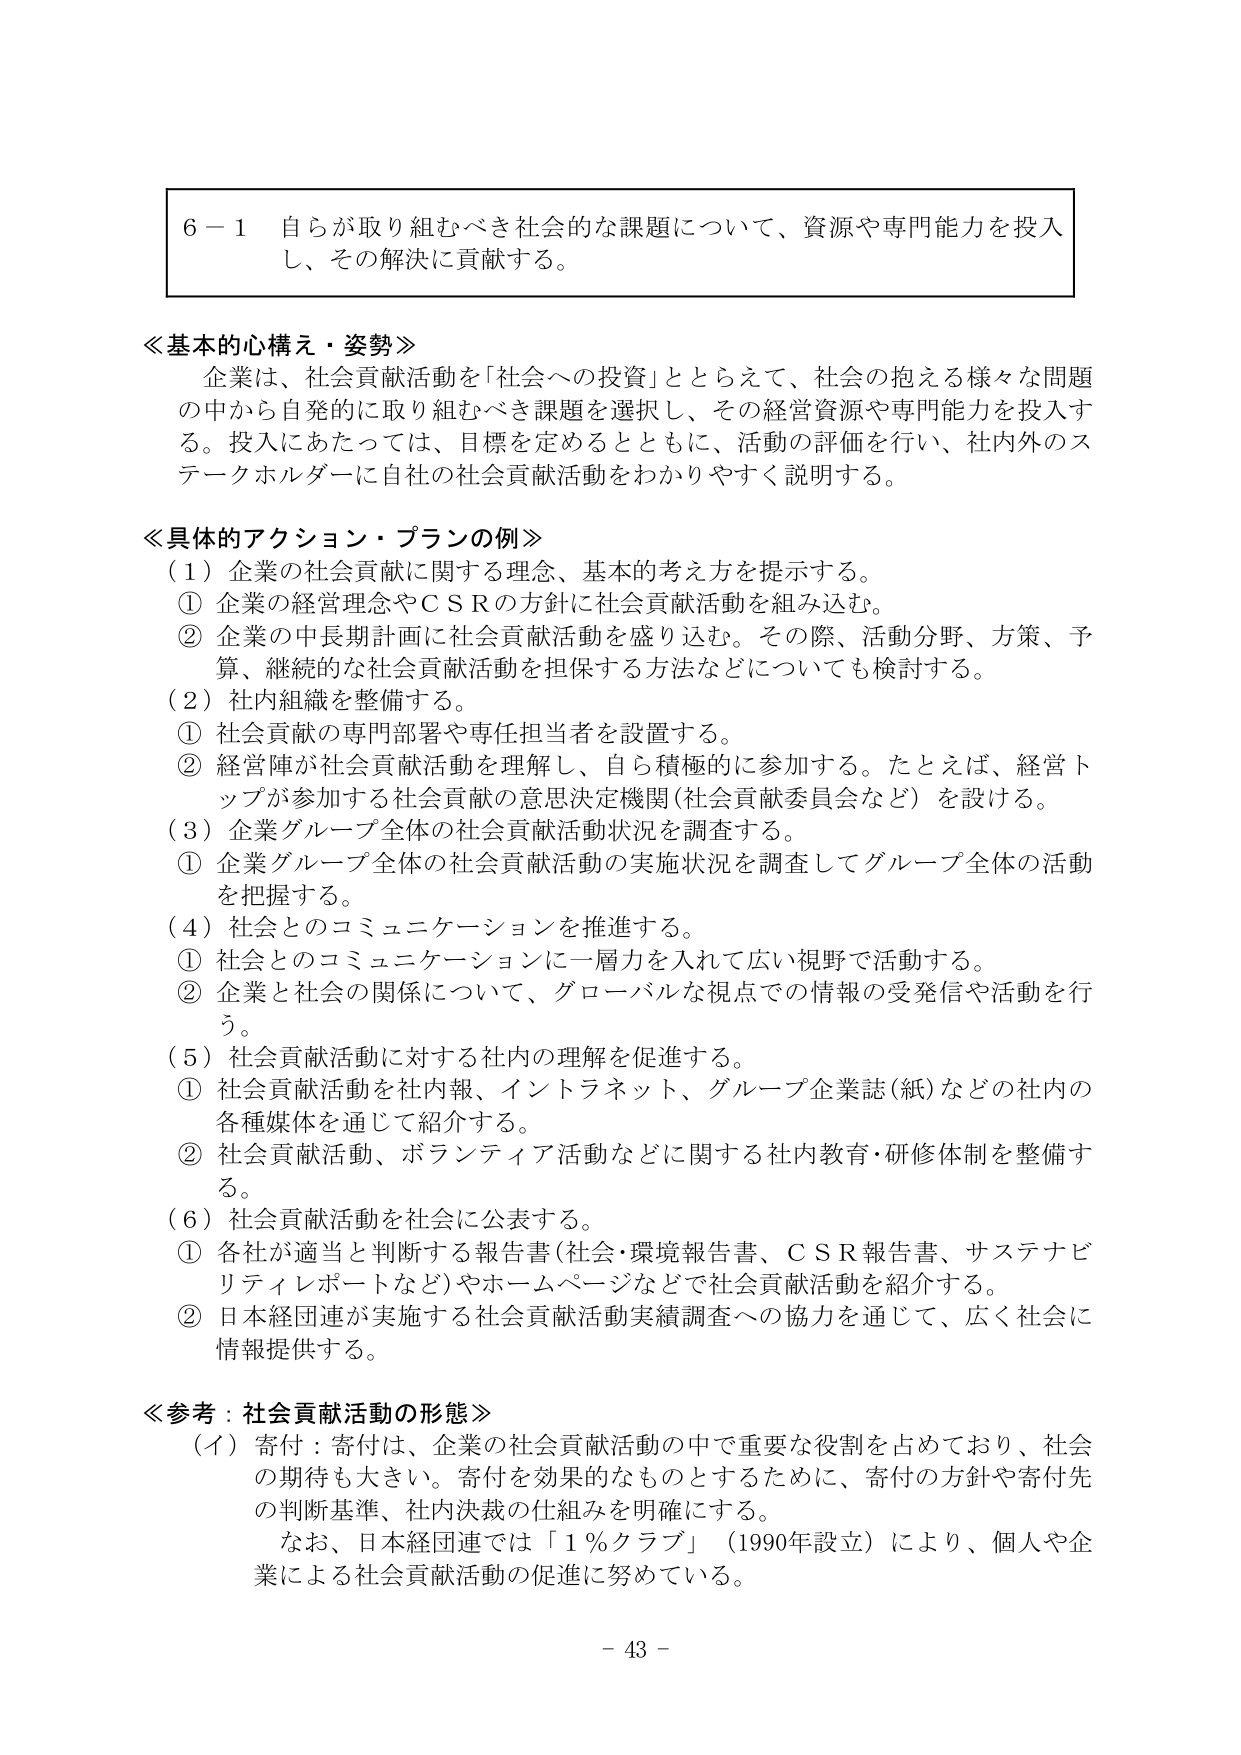
6－1 自らが取り組むべき社会的な課題について、資源や専門能力を投入し、その解決に貢献する。

≪基本的心構え・姿勢≫
企業は、社会貢献活動を「社会への投資」ととらえて、社会の抱える様々な問題の中から自発的に取り組むべき課題を選択し、その経営資源や専門能力を投入する。投入にあたっては、目標を定めるとともに、活動の評価を行い、社内外のステークホルダーに自社の社会貢献活動をわかりやすく説明する。

≪具体的アクション・プランの例≫
（1）企業の社会貢献に関する理念、基本的考え方を提示する。
① 企業の経営理念やＣＳＲの方針に社会貢献活動を組み込む。
② 企業の中長期計画に社会貢献活動を盛り込む。その際、活動分野、方策、予算、継続的な社会貢献活動を担保する方法などについても検討する。
（2）社内組織を整備する。
① 社会貢献の専門部署や専任担当者を設置する。
② 経営陣が社会貢献活動を理解し、自ら積極的に参加する。たとえば、経営トップが参加する社会貢献の意思決定機関（社会貢献委員会など）を設ける。
（3）企業グループ全体の社会貢献活動状況を調査する。
① 企業グループ全体の社会貢献活動の実施状況を調査してグループ全体の活動を把握する。
（4）社会とのコミュニケーションを推進する。
① 社会とのコミュニケーションに一層力を入れて広い視野で活動する。
② 企業と社会の関係について、グローバルな視点での情報の受発信や活動を行う。
（5）社会貢献活動に対する社内の理解を促進する。
① 社会貢献活動を社内報、インターネット、グループ企業誌（紙）などの社内の各種媒体を通じて紹介する。
② 社会貢献活動、ボランティア活動などに関する社内教育・研修体制を整備する。
（6）社会貢献活動を社会に公表する。
① 各社が適当と判断する報告書（社会・環境報告書、ＣＳＲ報告書、サステナビリティレポートなど）やホームページなどで社会貢献活動を紹介する。
② 日本経団連が実施する社会貢献活動実績調査への協力を通じて、広く社会に情報提供する。

≪参考：社会貢献活動の形態≫
（イ）寄付：寄付は、企業の社会貢献活動の中で重要な役割を占めており、社会の期待も大きい。寄付を効果的なものとするために、寄付の方針や寄付先の判断基準、社内決裁の仕組みを明確にする。
　　なお、日本経団連では「１％クラブ」（1990年設立）により、個人や企業による社会貢献活動の促進に努めている。

－ 43 －